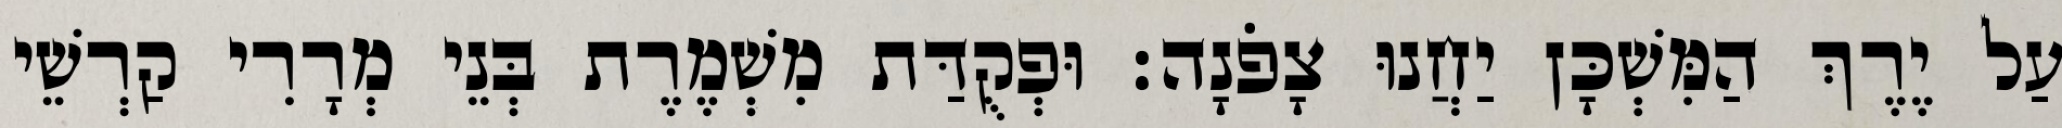
עַל יֶרֶךְ הַמִּשְׁכָּן יַחֲנוּ צָפֹנָה׃ וּפְקֻדַּת מִשְׁמֶרֶת בְּנֵי מְרָרִי קַרְשֵׁי